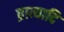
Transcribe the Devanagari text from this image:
व्रात्यादि